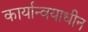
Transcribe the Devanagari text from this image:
कार्यान्वयाधीन